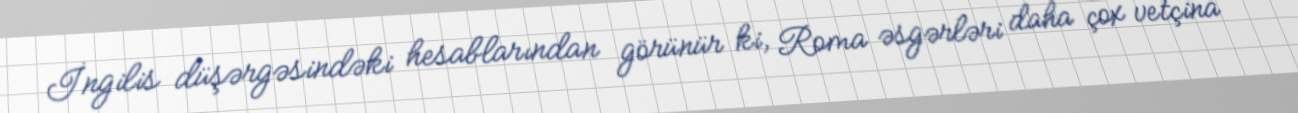
İngilis düşərgəsindəki hesablarından görünür ki, Roma əsgərləri daha çox vetçina